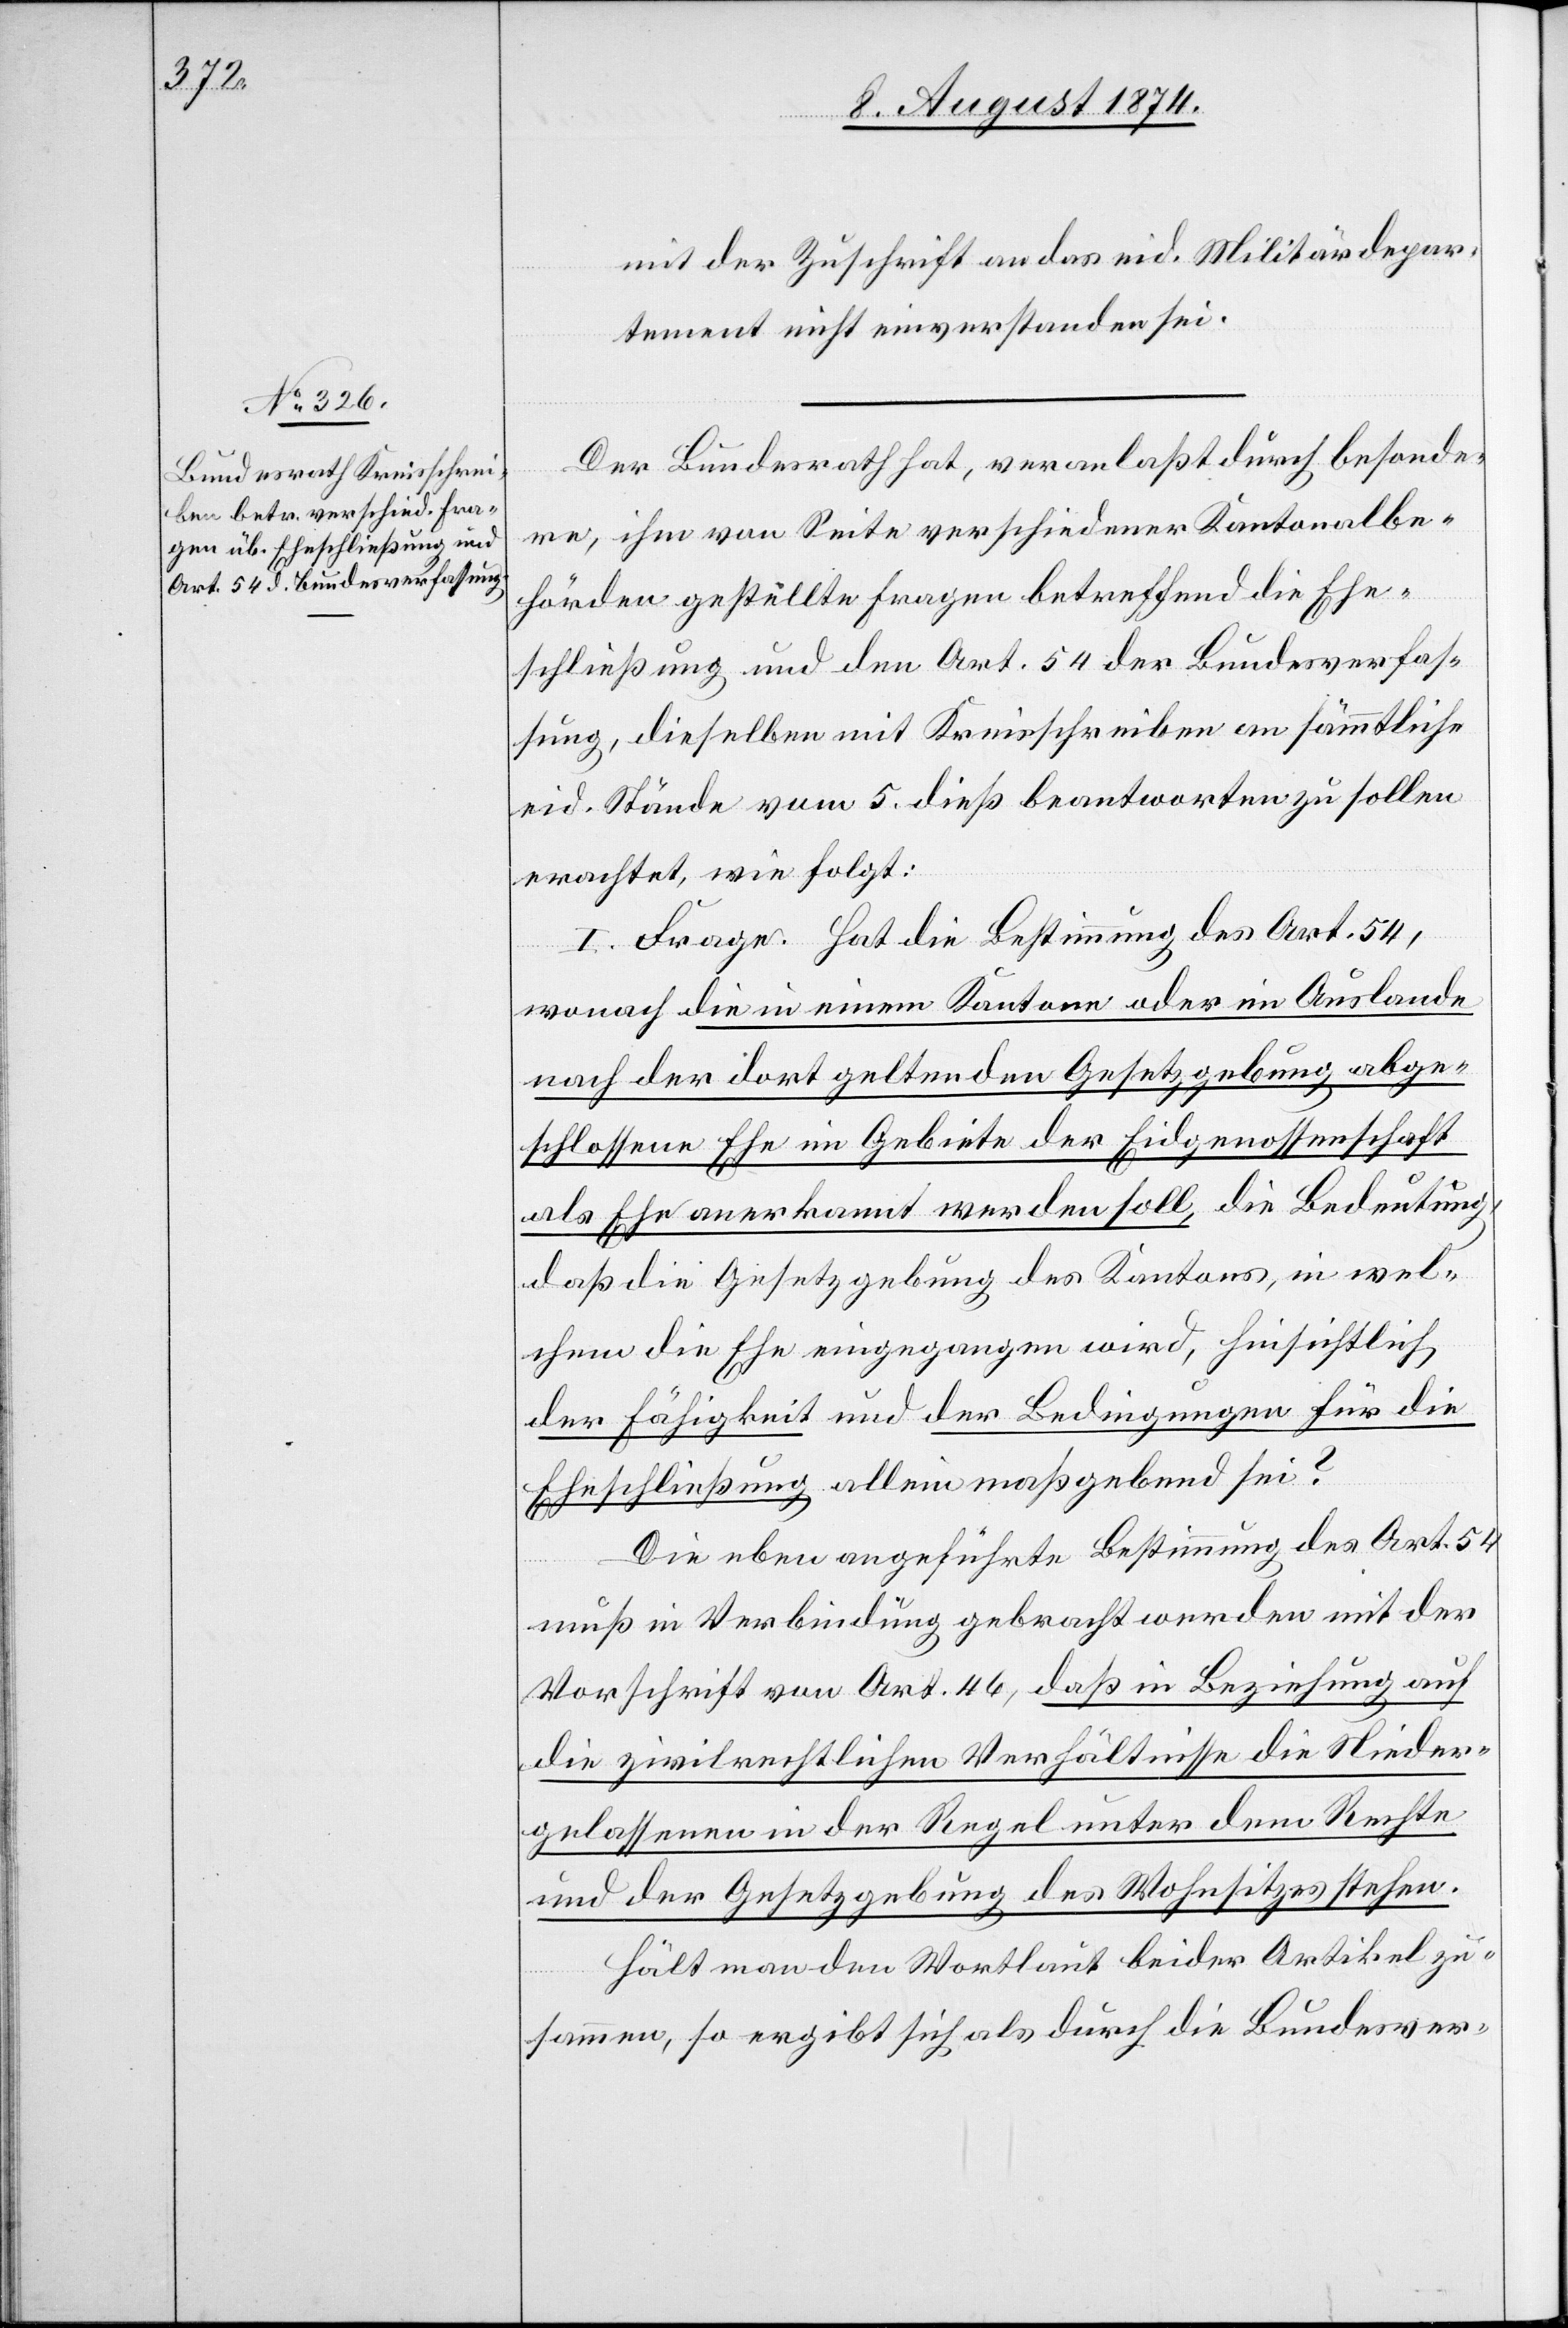
mit der Zuschrift an das eid. Militärdepar¬
tement nicht einverstanden sei.
Der Bundesrath hat, veranlaßt durch besonde¬
re, ihm von Seite verschiedener Kantonalbe¬
hörden gestellte Fragen betreffend die Ehe¬
schließung und den Art. 54 der Bundesverfas¬
sung, dieselben mit Kreisschreiben an sämmtliche
eid. Stände vom 5. dieß beantworten zu sollen
erachtet, wie folgt:
I. Frage. Hat die Bestimmung des Art. 54,
wonach die in einem Kantone oder im Auslande
nach der dort geltenden Gesetzgebung abge¬
schlossene Ehe im Gebiete der Eidgenossenschaft
als Ehe anerkannt werden soll, die Bedeutung,
daß die Gesetzgebung des Kantons, in wel¬
chem die Ehe eingegangen wird, hinsichtlich
der Fähigkeit und der Bedingungen für die
Eheschließung allein maßgebend sei?
Die eben angeführte Bestimmung des Art. 54
muß in Verbindung gebracht werden mit der
Vorschrift von Art. 46, daß in Beziehung auf
die zivilrechtlichen Verhältnisse die Nieder¬
gelassenen in der Regel unter dem Rechte
und der Gesetzgebung des Wohnsitzes stehen.
Hält man den Wortlaut beider Artikel zu¬
sammen, so ergibt sich als durch die Bundesver-